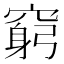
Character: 窮